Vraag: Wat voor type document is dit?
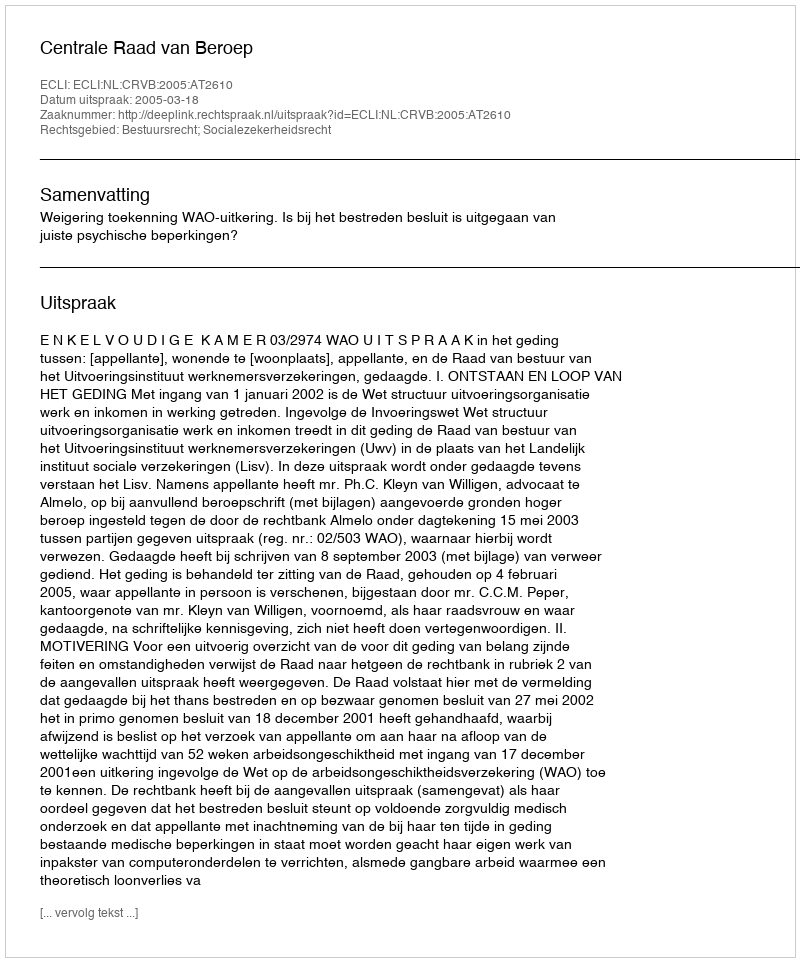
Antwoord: Uitspraak